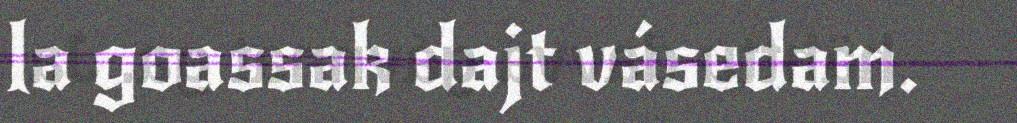
la goassak dajt vásedam.